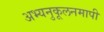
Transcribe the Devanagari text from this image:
अभ्यनुकूलनमापी